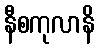
နီစကုလာနိ